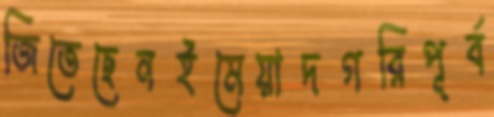
জিতেছেনইমেয়াদগরিপূর্ব